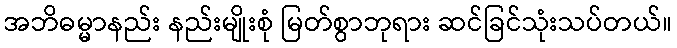
အဘိဓမ္မာနည်း နည်းမျိုးစုံ မြတ်စွာဘုရား ဆင်ခြင်သုံးသပ်တယ်။